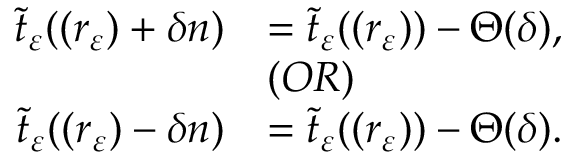
\begin{array} { r l } { \tilde { t } _ { \varepsilon } ( \r ( r _ { \varepsilon } ) + \delta \boldsymbol { n } ) } & { = \tilde { t } _ { \varepsilon } ( \r ( r _ { \varepsilon } ) ) - \Theta ( \delta ) , } \\ & { ( O R ) } \\ { \tilde { t } _ { \varepsilon } ( \r ( r _ { \varepsilon } ) - \delta \boldsymbol { n } ) } & { = \tilde { t } _ { \varepsilon } ( \r ( r _ { \varepsilon } ) ) - \Theta ( \delta ) . } \end{array}